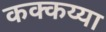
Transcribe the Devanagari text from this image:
कक्कय्या